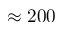
\approx 2 0 0